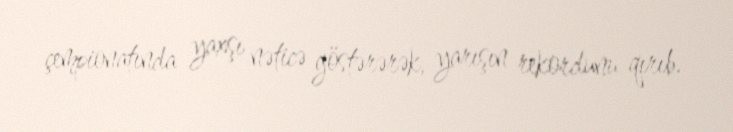
çempionatında yaxşı nəticə göstərərək, yarışın rekordunu qırıb.